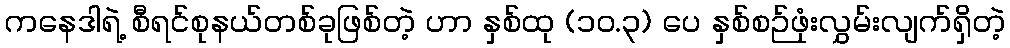
ကနေဒါရဲ့ စီရင်စုနယ်တစ်ခုဖြစ်တဲ့ ဟာ နှစ်ထု (၁၀.၃) ပေ နှစ်စဉ်ဖုံးလွှမ်းလျက်ရှိတဲ့